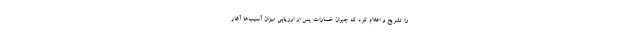
را تشریح و اعلام کرد که جبران خسارات پس از ارزیابی میزان آسیب‌ها آغاز